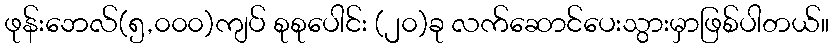
ဖုန်းဘေလ်(၅,၀၀၀)ကျပ် စုစုပေါင်း (၂၀)ခု လက်ဆောင်ပေးသွားမှာဖြစ်ပါတယ်။